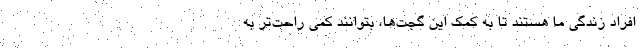
افراد زندگی ما هستند تا به کمک این گجت‌ها، بتوانند کمی راحت‌تر به